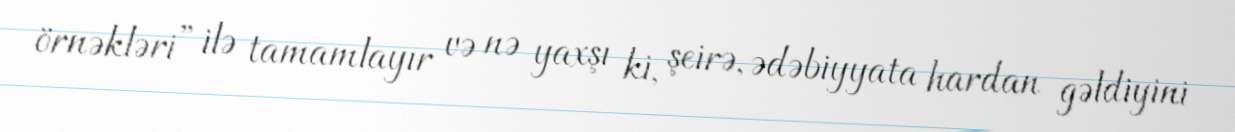
örnəkləri” ilə tamamlayır və nə yaxşı ki, şeirə, ədəbiyyata hardan gəldiyini